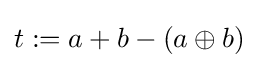
t:=a+b-(a\oplus b)